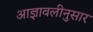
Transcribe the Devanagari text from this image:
आज्ञावलीनुसार